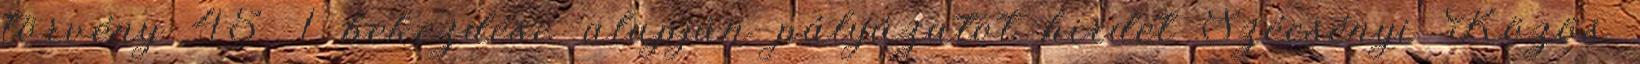
törvény 45. 1 bekezdése alapján pályázatot hirdet Szécsényi Közös